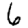
Digit: 6